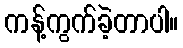
ကန့်ကွက်ခဲ့တာပါ။